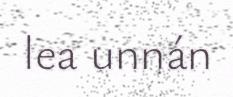
lea unnán